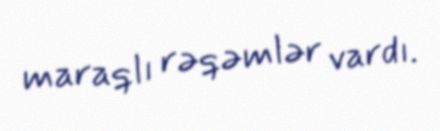
maraqlı rəqəmlər vardı.